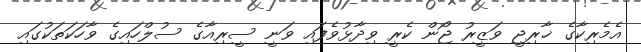
އެމެރިކާގެ ޚާރިޖީ ވަޒީރު ޖޯން ކެރީ ވިދާޅުވެފައި ވަނީ ސީރިއާގެ ސުލްހައިގެ ވާހަކަތަކުގައި